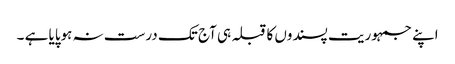
اپنے جمہوریت پسندوں کا قبلہ ہی آج تک درست نہ ہوپایا ہے ۔